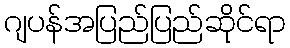
ဂျပန်အပြည်ပြည်ဆိုင်ရာ